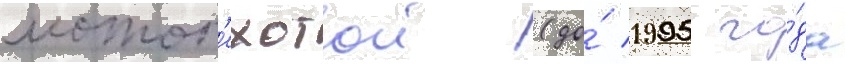
мотоп'ехотои (до́ 1995 го́да